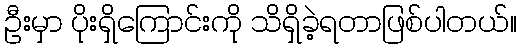
ဦးမှာ ပိုးရှိကြောင်းကို သိရှိခဲ့ရတာဖြစ်ပါတယ်။